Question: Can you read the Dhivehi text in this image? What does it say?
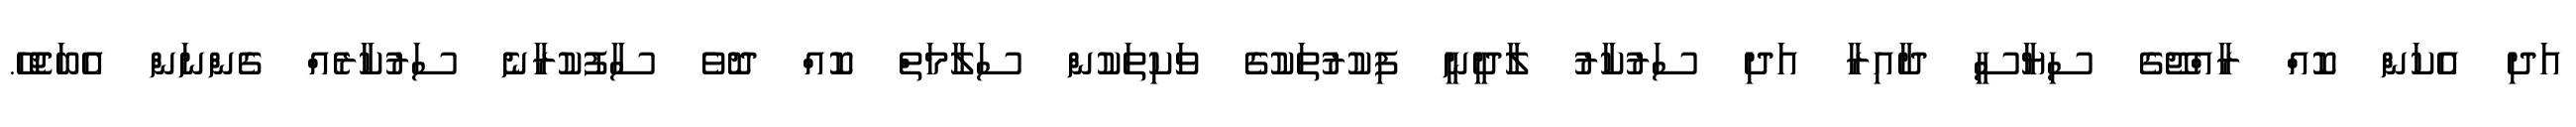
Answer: އަދި އެކަން ކޮއް ރާއްޖޭގެ ސިޔާސީ ދާއިރާ އަދި ސަރުކާރު ލާދީނީ ފިކުރުތަކުގެ ވަކިތަކުން ސަލާމަތް ކޮއް ދޮވެ ސާފުކުރާނެ ސަރުކާރެއް ގެންނަން އެބަޖެހޭ.